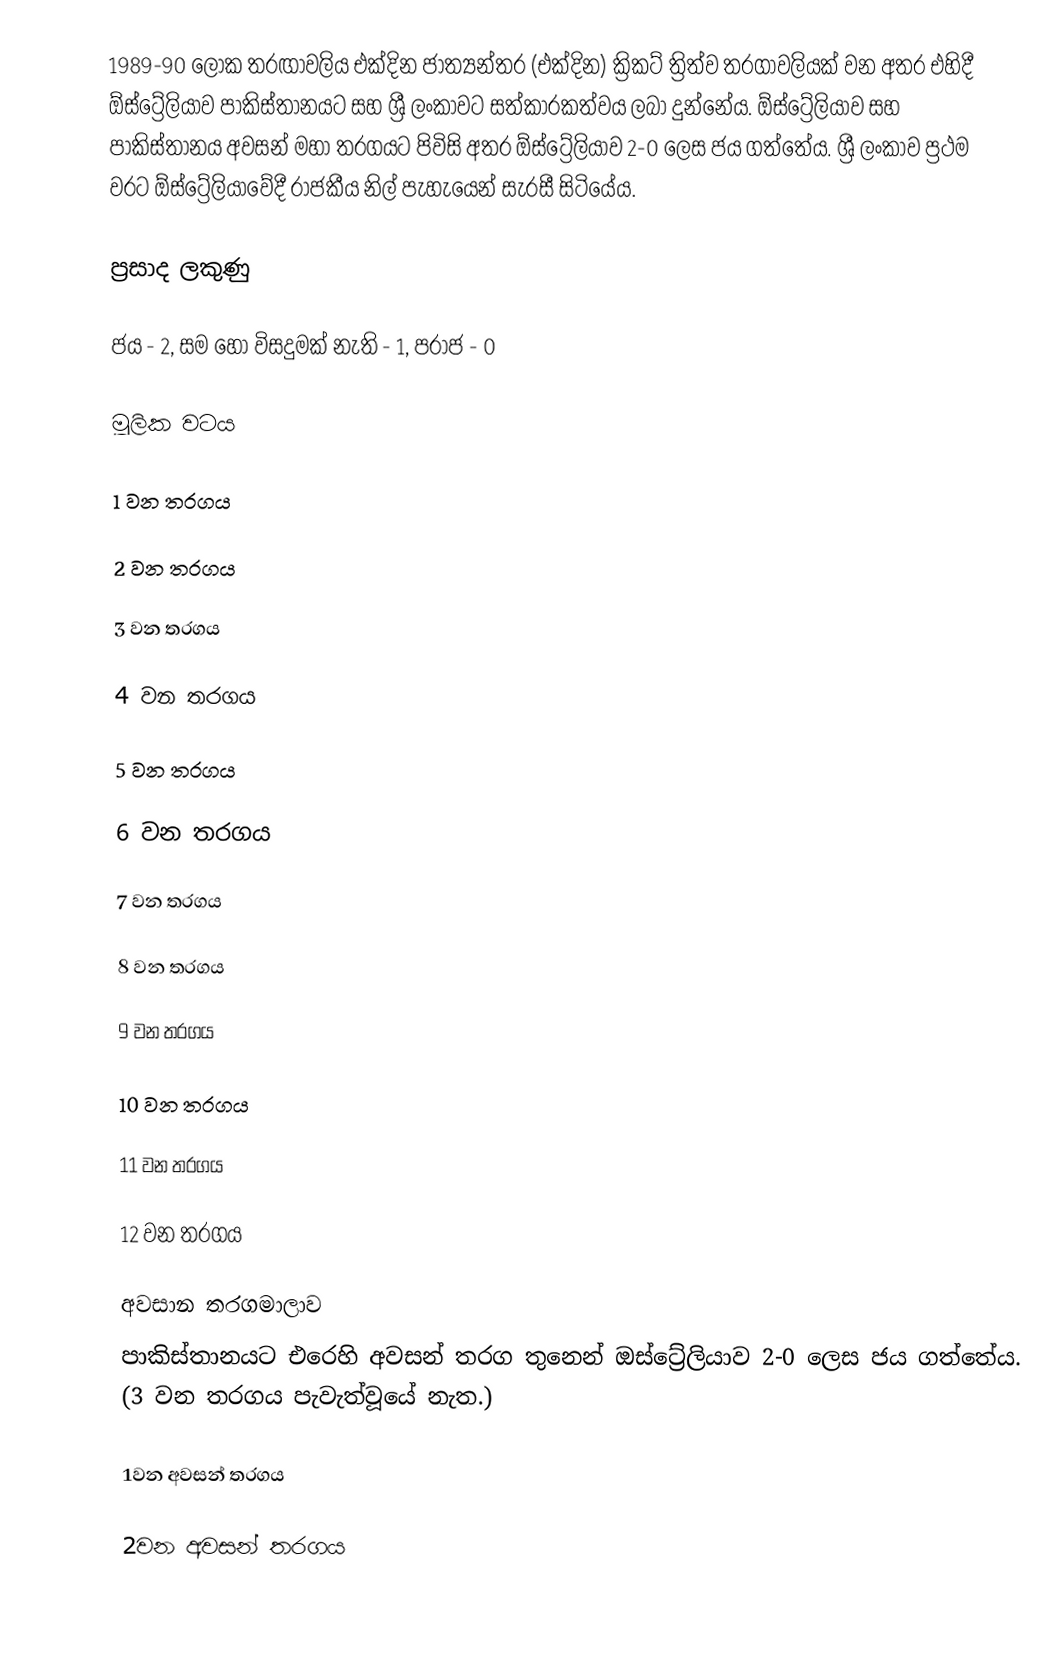
1989-90 ලෝක තරඟාවලිය එක්දින ජාත්‍යන්තර (එක්දින) ක්‍රිකට් ත්‍රිත්ව තරගාවලියක් වන අතර එහිදී ඕස්ට්‍රේලියාව පාකිස්තානයට සහ ශ්‍රී ලංකාවට සත්කාරකත්වය ලබා දුන්නේය. ඕස්ට්‍රේලියාව සහ පාකිස්තානය අවසන් මහා තරගයට පිවිසි අතර ඕස්ට්‍රේලියාව 2-0 ලෙස ජය ගත්තේය. ශ්‍රී ලංකාව ප්‍රථම වරට ඕස්ට්‍රේලියාවේදී රාජකීය නිල් පැහැයෙන් සැරසී සිටියේය.

ප්‍රසාද ලකුණු

ජය - 2, සම හෝ විසදුමක් නැති - 1, පරාජ - 0

මූලික වටය

1 වන තරගය

2 වන තරගය

3 වන තරගය

4 වන තරගය

5 වන තරගය

6 වන තරගය

7 වන තරගය

8 වන තරගය

9 වන තරගය

10 වන තරගය

11 වන තරගය

12 වන තරගය

අවසාන තරගමාලාව
පාකිස්තානයට එරෙහි අවසන් තරග තුනෙන් ඔස්ට්‍රේලියාව 2-0 ලෙස ජය ගත්තේය. (3 වන තරගය පැවැත්වූයේ නැත.)

1වන අවසන් තරගය

2වන අවසන් තරගය